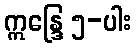
ဣန္ဒြေ ၅-ပါး